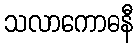
သလာကောဓနီ